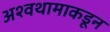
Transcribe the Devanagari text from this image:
अश्वथामाकडून